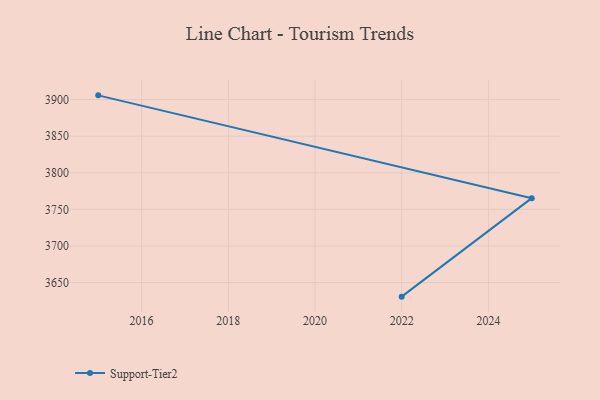
{"axis": {"x": "Year", "y": "Gross Profit (USD K)"}, "legend": ["Support-Tier2"], "data": [{"x": "2022", "y": 3630.7, "type": "Support-Tier2"}, {"x": "2025", "y": 3765.3, "type": "Support-Tier2"}, {"x": "2015", "y": 3905.8, "type": "Support-Tier2"}]}